Civil Veterinary Dept. Bombay admin report 1932-41 - 1932-1941
Year: 1932
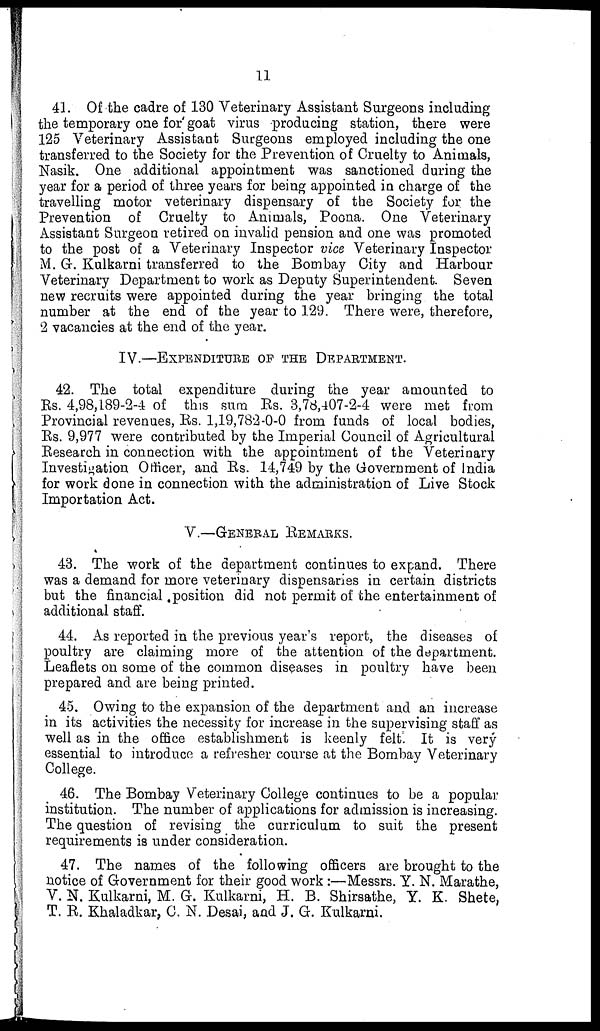
11
41. Of the cadre of 130 Veterinary Assistant Surgeons including
the temporary one for goat virus producing station, there were
125 Veterinary Assistant Surgeons employed including the one
transferred to the Society for the Prevention of Cruelty to Animals,
Nasik. One additional appointment was sanctioned during the
year for a period of three years for being appointed in charge of the
travelling motor veterinary dispensary of the Society for the
Prevention of Cruelty to Animals, Poona. One Veterinary
Assistant Surgeon retired on invalid pension and one was promoted
to the post of a Veterinary Inspector vice Veterinary Inspector
M. G. Kulkarni transferred to the Bombay City and Harbour
Veterinary Department to work as Deputy Superintendent Seven
new recruits were appointed during the year bringing the total
number at the end of the year to 129. There were, therefore,
2 vacancies at the end of the year.
IV.—EXPENDITURE OF THE DEPARTMENT.
42. The total expenditure during the year amounted to
Rs. 4,98,189-2-4 of this sum Rs. 3,78,407-2-4 were met from
Provincial revenues, Rs. 1,19,782-0-0 from funds of local bodies,
Rs. 9,977 were contributed by the Imperial Council of Agricultural
Research in connection with the appointment of the Veterinary
Investigation Officer, and Rs. 14,749 by the Government of India
for work done in connection with the administration of Live Stock
Importation Act.
V.—GENERAL REMARKS.
43. The work of the department continues to expand. There
was a demand for more veterinary dispensaries in certain districts
but the financial position did not permit of the entertainment of
additional staff.
44. As reported in the previous year's report, the diseases of
poultry are claiming more of the attention of the department.
Leaflets on some of the common diseases in poultry have been
prepared and are being printed.
45. Owing to the expansion of the department and an increase
in its activities the necessity for increase in the supervising staff as
well as in the office establishment is keenly felt. It is very
essential to introduce a refresher course at the Bombay Veterinary
College.
46. The Bombay Veterinary College continues to be a popular
institution. The number of applications for admission is increasing.
The question of revising the curriculum to suit the present
requirements is under consideration.
47. The names of the following officers are brought to the
notice of Government for their good work:—Messrs. Y. N. Marathe,
V. N. Kulkarni, M. G. Kulkarni, H. B. Shirsathe, Y. K. Shete,
T. R. Khaladkar, C. N. Desai, and J. G. Kulkarni.